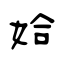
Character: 姶